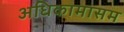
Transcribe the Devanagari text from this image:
अधिकामासम